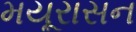
મયૂરાસન